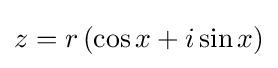
z=r\left(\cos x+i\sin x\right)